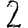
Digit: 2